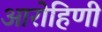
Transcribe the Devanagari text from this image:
आरोहिणी